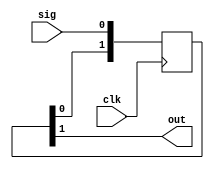
`timescale 1ns / 1ps
/*
 * This software is Copyright (c) 2016 Denis Burykin
 * [denis_burykin yahoo com], [denis-burykin2014 yandex ru]
 * and it is hereby released to the general public under the following terms:
 * Redistribution and use in source and binary forms, with or without
 * modification, are permitted.
 *
 */
 

// 2-stage FF synchronizer
module sync_sig #(
	parameter INIT = 0,
	// if input signal is 1-2 clk cycles
	// and CLK1 is set, result would be 1 cycle long
	// * if input is longer than 2 cycles, it would produce extra result
	// * if less than 1 cycle, there might be no result (consider usage of sync_short_sig)
	parameter CLK1 = 0
	)(
	input sig,
	input clk,
	//input en,
	output out
	);

	(* SHREG_EXTRACT="NO" *)
	reg [1:0] ff = {2{INIT[0]}};
	assign out = ff[1];
	
	if (CLK1) begin
	
		always @(posedge clk)
			if (ff[1] ^ INIT[0])
				ff[1:0] <= {2{INIT[0]}};
			else
				ff[1:0] <= { ff[0], sig };

	end else begin // ! CLK1
	
		always @(posedge clk)
			ff[1:0] <= { ff[0], sig };

	end

endmodule

/*
// For synchronizing short-duration signals (less than clk cycle),
// 2-stage FF synchronizer is prepended with async register
module sync_short_sig #(
	parameter INIT = 0,
	parameter CLK1 = 0
	)(
	input sig,
	input clk,
	output out
	);

	// There's no such registers in Spartan 6 architecture,
	// with a warning tools produce an equvalent item from 3 parts
	reg async_r = INIT[0];
	
	always @(posedge clk or posedge sig)
		if (sig)
			async_r <= ~INIT[0];
		else
			if (out)
				async_r <= INIT[0];
	
	sync_sig #(.INIT(INIT), .CLK1(CLK1)) sync(.sig(async_r), .clk(clk), .out(out));

endmodule
*/

// Any frequency relation between wr_clk and rd_clk
// 'out' duration is 1 clock cycle (repeats after 'busy' deasserts)
module sync_pulse (
	input wr_clk,
	input sig,
	output busy,
	
	input rd_clk,
	// 'out' must be OK in terms of metastability
	output out
	);

	reg flag_wr = 0;
	always @(posedge wr_clk) flag_wr <= flag_wr ^ (sig & ~busy);

	(* SHREG_EXTRACT="NO" *)
	reg [2:0] sync_rd = 3'b000;
	always @(posedge rd_clk) sync_rd <= {sync_rd[1:0], flag_wr};

	(* SHREG_EXTRACT="NO" *)
	reg [1:0] sync_wr = 2'b00;
	always @(posedge wr_clk) sync_wr <= {sync_wr[0], sync_rd[2]};

	assign busy = flag_wr ^ sync_wr[1];
	assign out = sync_rd[2] ^ sync_rd[1];

endmodule

/*
// Any frequency relation between wr_clk and rd_clk
module sync_ack(
	input wr_clk,
	input sig,
	output busy, // asserts on the next cycle
	
	input rd_clk,
	output out,
	input done
	);

	reg flag_wr = 0;
	always @(posedge wr_clk) flag_wr <= flag_wr ^ (sig & ~busy);

	(* SHREG_EXTRACT="NO" *)
	reg [2:0] sync_rd = 3'b0;
	always @(posedge rd_clk) 
		if (~out | done)
			sync_rd <= {sync_rd[1:0], flag_wr};

	(* SHREG_EXTRACT="NO" *)
	reg [1:0] sync_wr = 2'b0;
	always @(posedge wr_clk)
		if (out | done | done_r)
			sync_wr <= {sync_wr[0], sync_rd[2]};

	assign out = sync_rd[2] ^ sync_rd[1];
	assign busy = flag_wr ^ sync_wr[1];

	reg done_r = 0;
	always @(posedge rd_clk)
		if (out & done)
			done_r <= 1;
		else if (done_r)
			done_r <= 0;

endmodule
*/
/*
// sig is active for no more than 1 cycle
module pulse1(
	input CLK,
	input sig,
	output out
	);
	
	reg done = 0;
	always @(posedge CLK)
		done <= sig;
	
	assign out = sig & ~done;
	
endmodule
*/